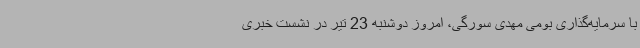
با سرمایه‌گذاری بومی مهدی سورگی، امروز دوشنبه 23 تیر در نشست خبری